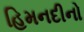
હિમનદીનો